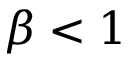
\beta < 1